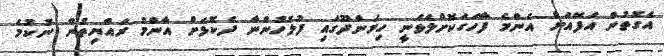
އެގޮތުން އަފޭއަށް އެންމެ ފާހަގަކޮށްލެވެނީ ހިމަންދޫގައި ފުލުހުންނާ ދެކޮޅަށް އާންމު ރައްޔިތުން ނުކުމެ